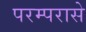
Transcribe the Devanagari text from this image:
परम्परासे